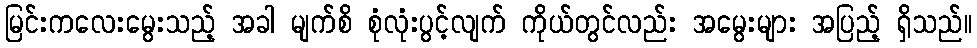
မြင်းကလေးမွေးသည့် အခါ မျက်စိ စုံလုံးပွင့်လျက် ကိုယ်တွင်လည်း အမွေးများ အပြည့် ရှိသည်။